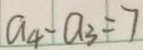
a _ { 4 } - a _ { 3 } = 7